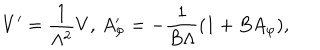
V ^ { \prime } = \frac { 1 } { \Lambda ^ { 2 } } V , \, A _ { \varphi } ^ { \prime } = - \frac { 1 } { B \Lambda } ( 1 + B A _ { \varphi } ) ,